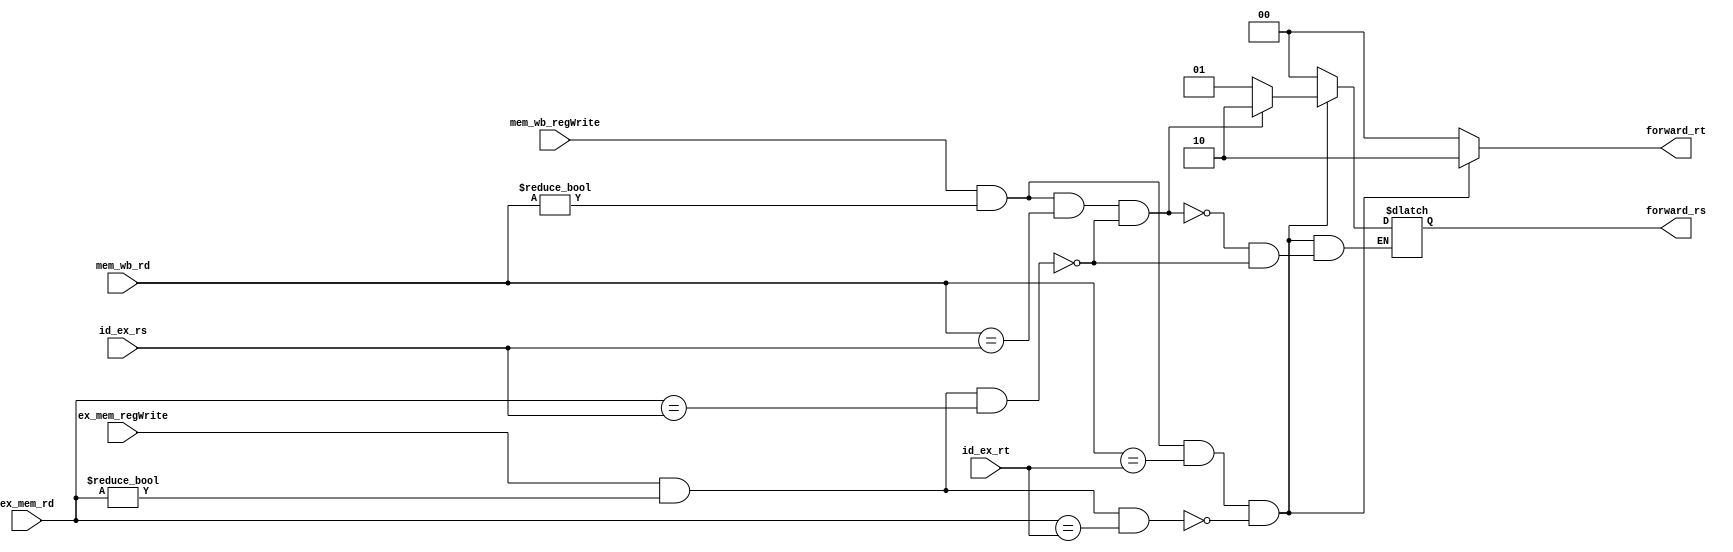
`timescale 1ns / 1ps
//////////////////////////////////////////////////////////////////////////////////
// Company: 
// Engineer: 
// 
// Design Name: 
// Module Name: forw_unit_da
// Project Name: 
// Target Devices: 
// Tool Versions: 
// Description: 
// 
// Dependencies: 
// 
// Revision:
// Revision 0.01 - File Created
// Additional Comments:
// 
//////////////////////////////////////////////////////////////////////////////////


module forw_unit_da(
    input [4:0] ex_mem_rd,
    input [4:0] mem_wb_rd,
    input [4:0] id_ex_rs,
    input [4:0] id_ex_rt,
    input ex_mem_regWrite,
    input mem_wb_regWrite,
    output reg [1:0] forward_rs,
    output reg [1:0] forward_rt
    );
    //register 0 is the $zero register

assign condition_1_a = ( (ex_mem_regWrite==1) && (ex_mem_rd!=0) && (ex_mem_rd==id_ex_rs) );
assign condition_1_b = ( (ex_mem_regWrite==1) && (ex_mem_rd!=0) && (ex_mem_rd==id_ex_rt) );
assign condition_2_a = ( (mem_wb_regWrite==1) && (mem_wb_rd!=0) && (mem_wb_rd==id_ex_rs) && ~(condition_1_a) );
assign condition_2_b = ( (mem_wb_regWrite==1) && (mem_wb_rd!=0) && (mem_wb_rd==id_ex_rt) && ~(condition_1_b) );


    
always @ (*)
begin
   
    if (condition_1_a)
    begin
        forward_rs = 01;
    end
    
    if (condition_1_b)
    begin
        forward_rt = 01;
    end
    
    if (condition_2_a)
    begin
        forward_rs = 10;
    end
    
    if (condition_2_b)
    begin
        forward_rt = 10;
    end
    
    else 
    begin
        forward_rs = 00;
        forward_rt = 00;
    end
    
end
    
endmodule